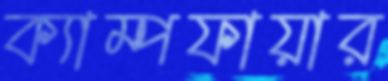
ক্যাম্পফায়ার